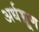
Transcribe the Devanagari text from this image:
अर्धभ्रूण